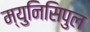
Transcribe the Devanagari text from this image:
म्युनिसिपुल